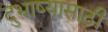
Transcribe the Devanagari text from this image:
दुभाष्यासाठी